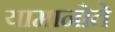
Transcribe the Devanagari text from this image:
यामानोते